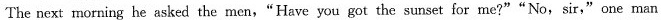
The next morning he asked the men,"Have you got the sunset for me?""No,sir,"one man